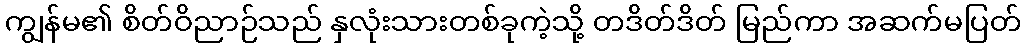
ကျွန်မ၏ စိတ်ဝိညာဉ်သည် နှလုံးသားတစ်ခုကဲ့သို့ တဒိတ်ဒိတ် မြည်ကာ အဆက်မပြတ်